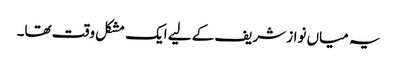
یہ میاں نواز شریف کے لیے ایک مشکل وقت تھا۔